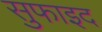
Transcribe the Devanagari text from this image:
सुफाइद